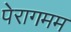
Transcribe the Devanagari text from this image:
पेरागमम